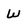
Character: W